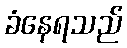
ခံနေရသည်